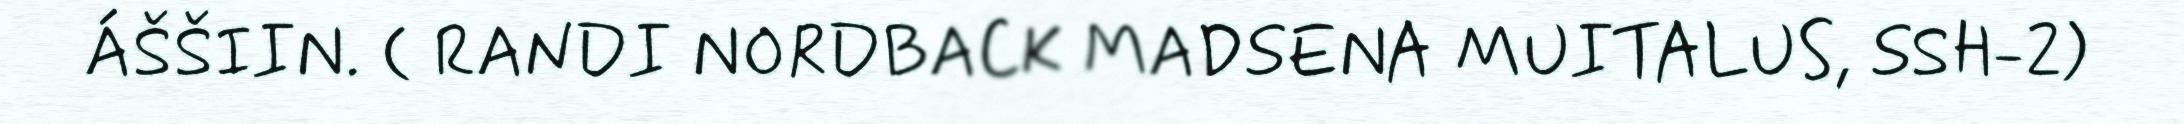
ÁŠŠIIN. ( RANDI NORDBACK MADSENA MUITALUS, SSH-2)